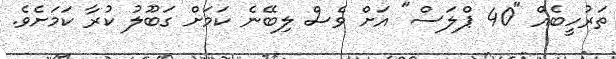
ތަރުހީބެއް "40 ޕްލަސް" އަށް ވެސް ލިބޭނެ ކަމަށް ގަބޫލު ކުރާ ކަމަށެވެ.